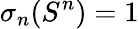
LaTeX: \sigma_{n}(S^{n})=1